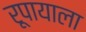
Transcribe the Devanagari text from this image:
रूपायाला